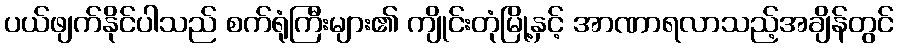
ပယ်ဖျက်နိုင်ပါသည် စက်ရုံကြီးများ၏ ကျိုင်းတုံမြို့နှင့် အာဏာရလာသည့်အချိန်တွင်